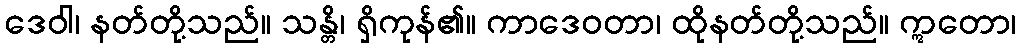
ဒေဝါ၊ နတ်တို့သည်။ သန္တိ၊ ရှိကုန်၏။ ကာဒေဝတာ၊ ထိုနတ်တို့သည်။ ဣတော၊